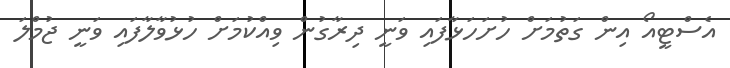
އެސްޓީއޯ އިން ގަތުމަށް ހުށަހަޅާފައި ވަނީ ދިރާގުން ވިއްކުމަށް ހުޅުވާލާފައި ވަނީ ޖުމްލަ